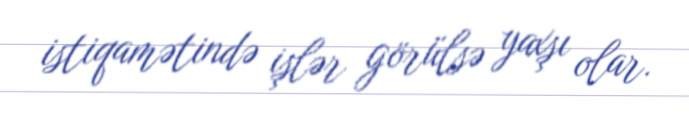
istiqamətində işlər görülsə yaxşı olar.